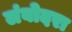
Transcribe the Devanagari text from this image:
लंबोदरा